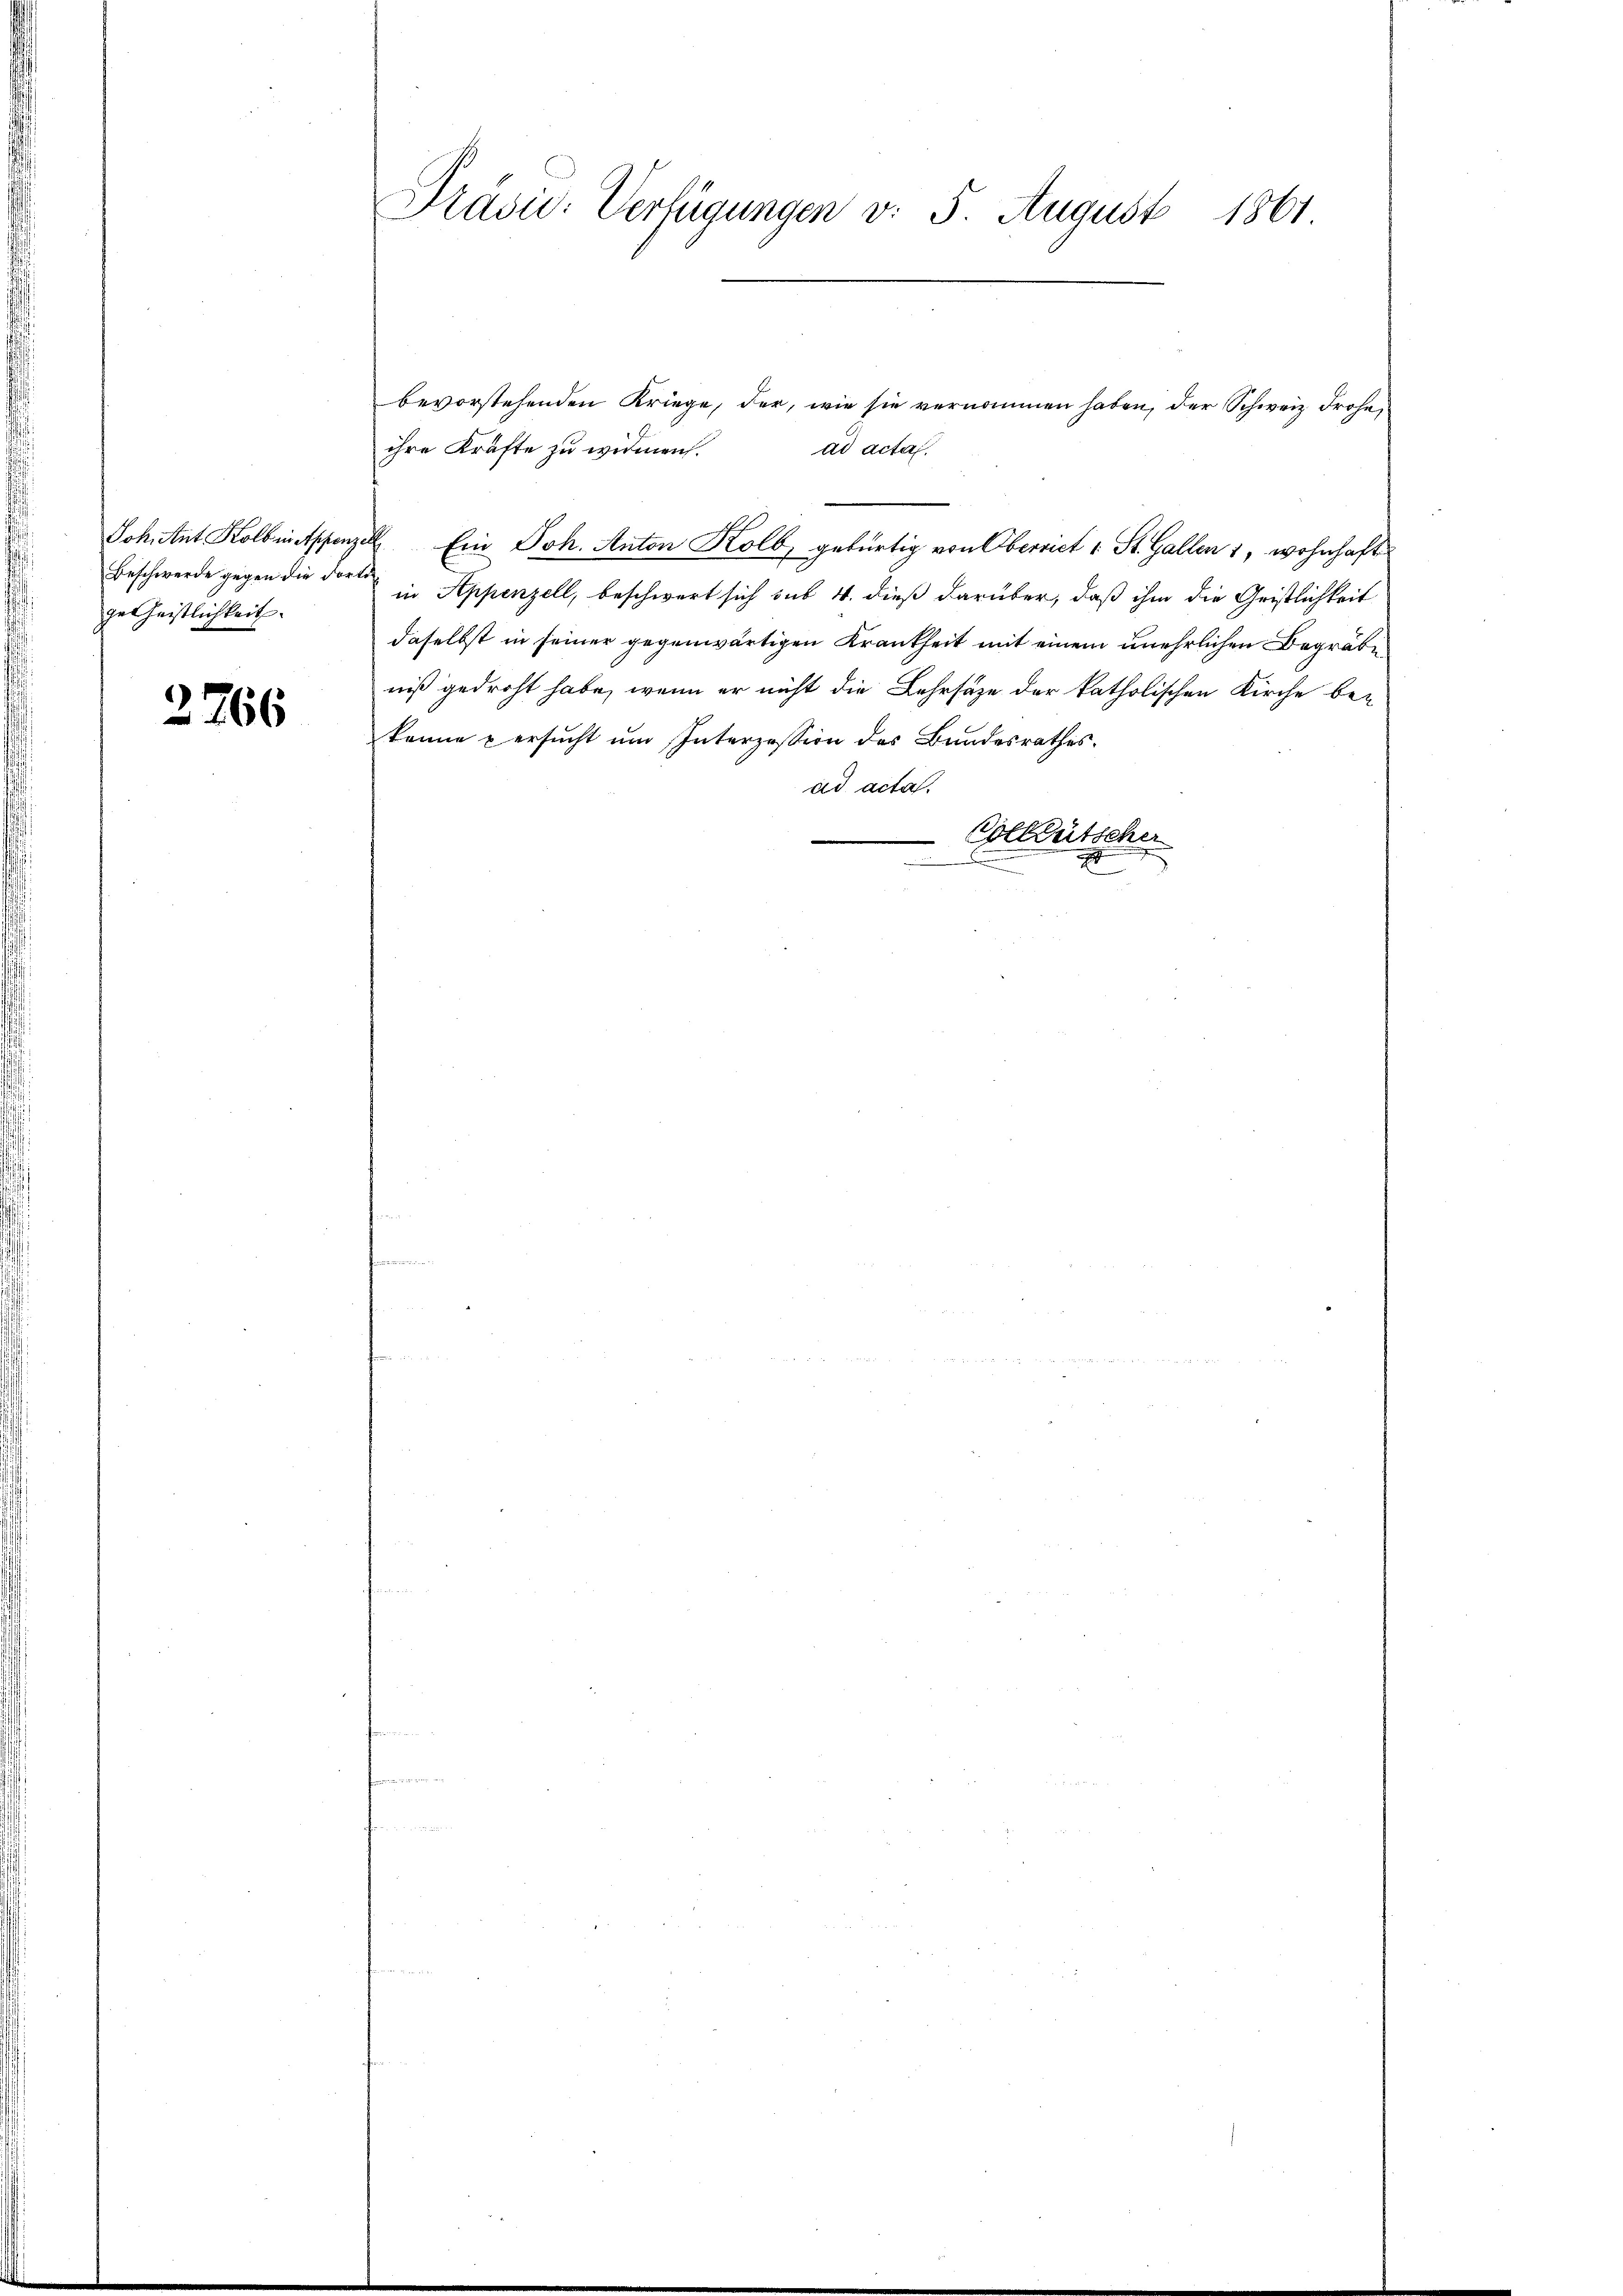
Johnt Kolbis Appen.
Beschwerde gegen die dorgetheistlichkeit.

2266

Präsid. Verfügungen v. 5. August 1861

ihre Kräfte zu widmen.
ad acta.
 Ein Joh. Anton Kolb, gebürtig von Oberriet v. St. Gallen 1, wohnhaft
2
in Appenzell, beschwert sich sub 4. dieß darüber, daß ihm die Gristlichkeit
daselbst in seiner gegenwärtigen Krankheit mit einem unehrlichen Begräbe
niß gedroht habe, wenn er nicht die Lehrsätze der katholischen Kirche be-
könne u ersucht um Interzession des Bundesrathes.
ad acta.
.
Coeleütscher

bevorstehenden Kriege, der, wie sie vernommen haben, der Schweiz. Frohe